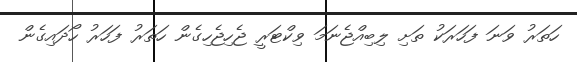
ހަތަރު ވަނަ ފަހަރަކު ތަށި ލިބިއްޖެނަމަ ވިކްޓަރީ ޖެހިޖެހިގެން ހަތަރު ފަހަރު ހޯދައިގެން